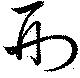
刑